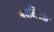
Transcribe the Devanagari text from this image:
अपमिश्रक